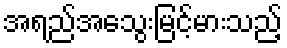
အရည်အသွေးမြင့်မားသည့်